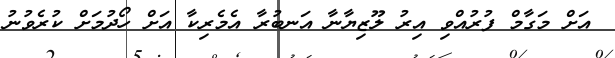
އަށް މަގާމް ފުރުއްވި އިރު ލޫޒިޔާނާ އަނބުރާ އެމެރިކާ އަށް ހޯދުމަށް ކުރެވުނު